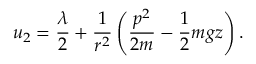
u _ { 2 } = { \frac { \lambda } { 2 } } + { \frac { 1 } { r ^ { 2 } } } \left( { \frac { p ^ { 2 } } { 2 m } } - { \frac { 1 } { 2 } } m g z \right) .